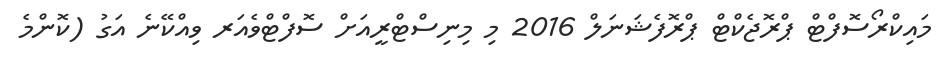
މައިކްރޯސޮފްޓް ޕްރޮޖެކްޓް ޕްރޮފެޝަނަލް 2016 މި މިނިސްޓްރީއަށް ސޮފްޓްވެއަރ ވިއްކޭނެ އަގު (ކޮންމެ